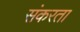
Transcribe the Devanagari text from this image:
संकरता